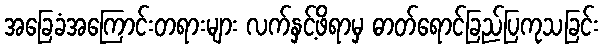
အခြေခံအကြောင်းတရားများ လက်နှင့်ဖိရာမှ ဓာတ်ရောင်ခြည်ပြကုသခြင်း